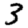
Digit: 3